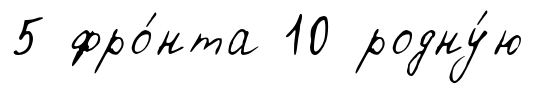
5 фро́нта 10 родну́ю